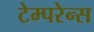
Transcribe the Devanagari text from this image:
टेम्परेन्स